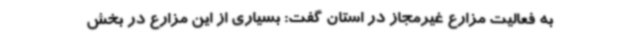
به فعالیت مزارع غیرمجاز در استان گفت: بسیاری از این مزارع در بخش